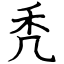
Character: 秃